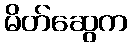
မိတ်ဆွေက